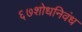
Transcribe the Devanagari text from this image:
६७शोधनिवंध